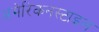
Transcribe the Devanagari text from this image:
अमेरिकनस्टाइल